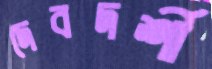
দেবদর্শী